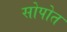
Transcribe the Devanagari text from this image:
सोपोत